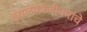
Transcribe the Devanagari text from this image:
इंचलकरंजीकरांचे